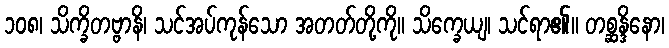
၁၀၈၊ သိက္ခိတဗ္ဗာနိ၊ သင်အပ်ကုန်သော အတတ်တို့ကို။ သိက္ခေယျ၊ သင်ရာ၏။ တစ္ဆန္ဒိနော၊